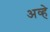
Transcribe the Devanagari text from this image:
अव्हे